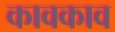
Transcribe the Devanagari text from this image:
कावकाव